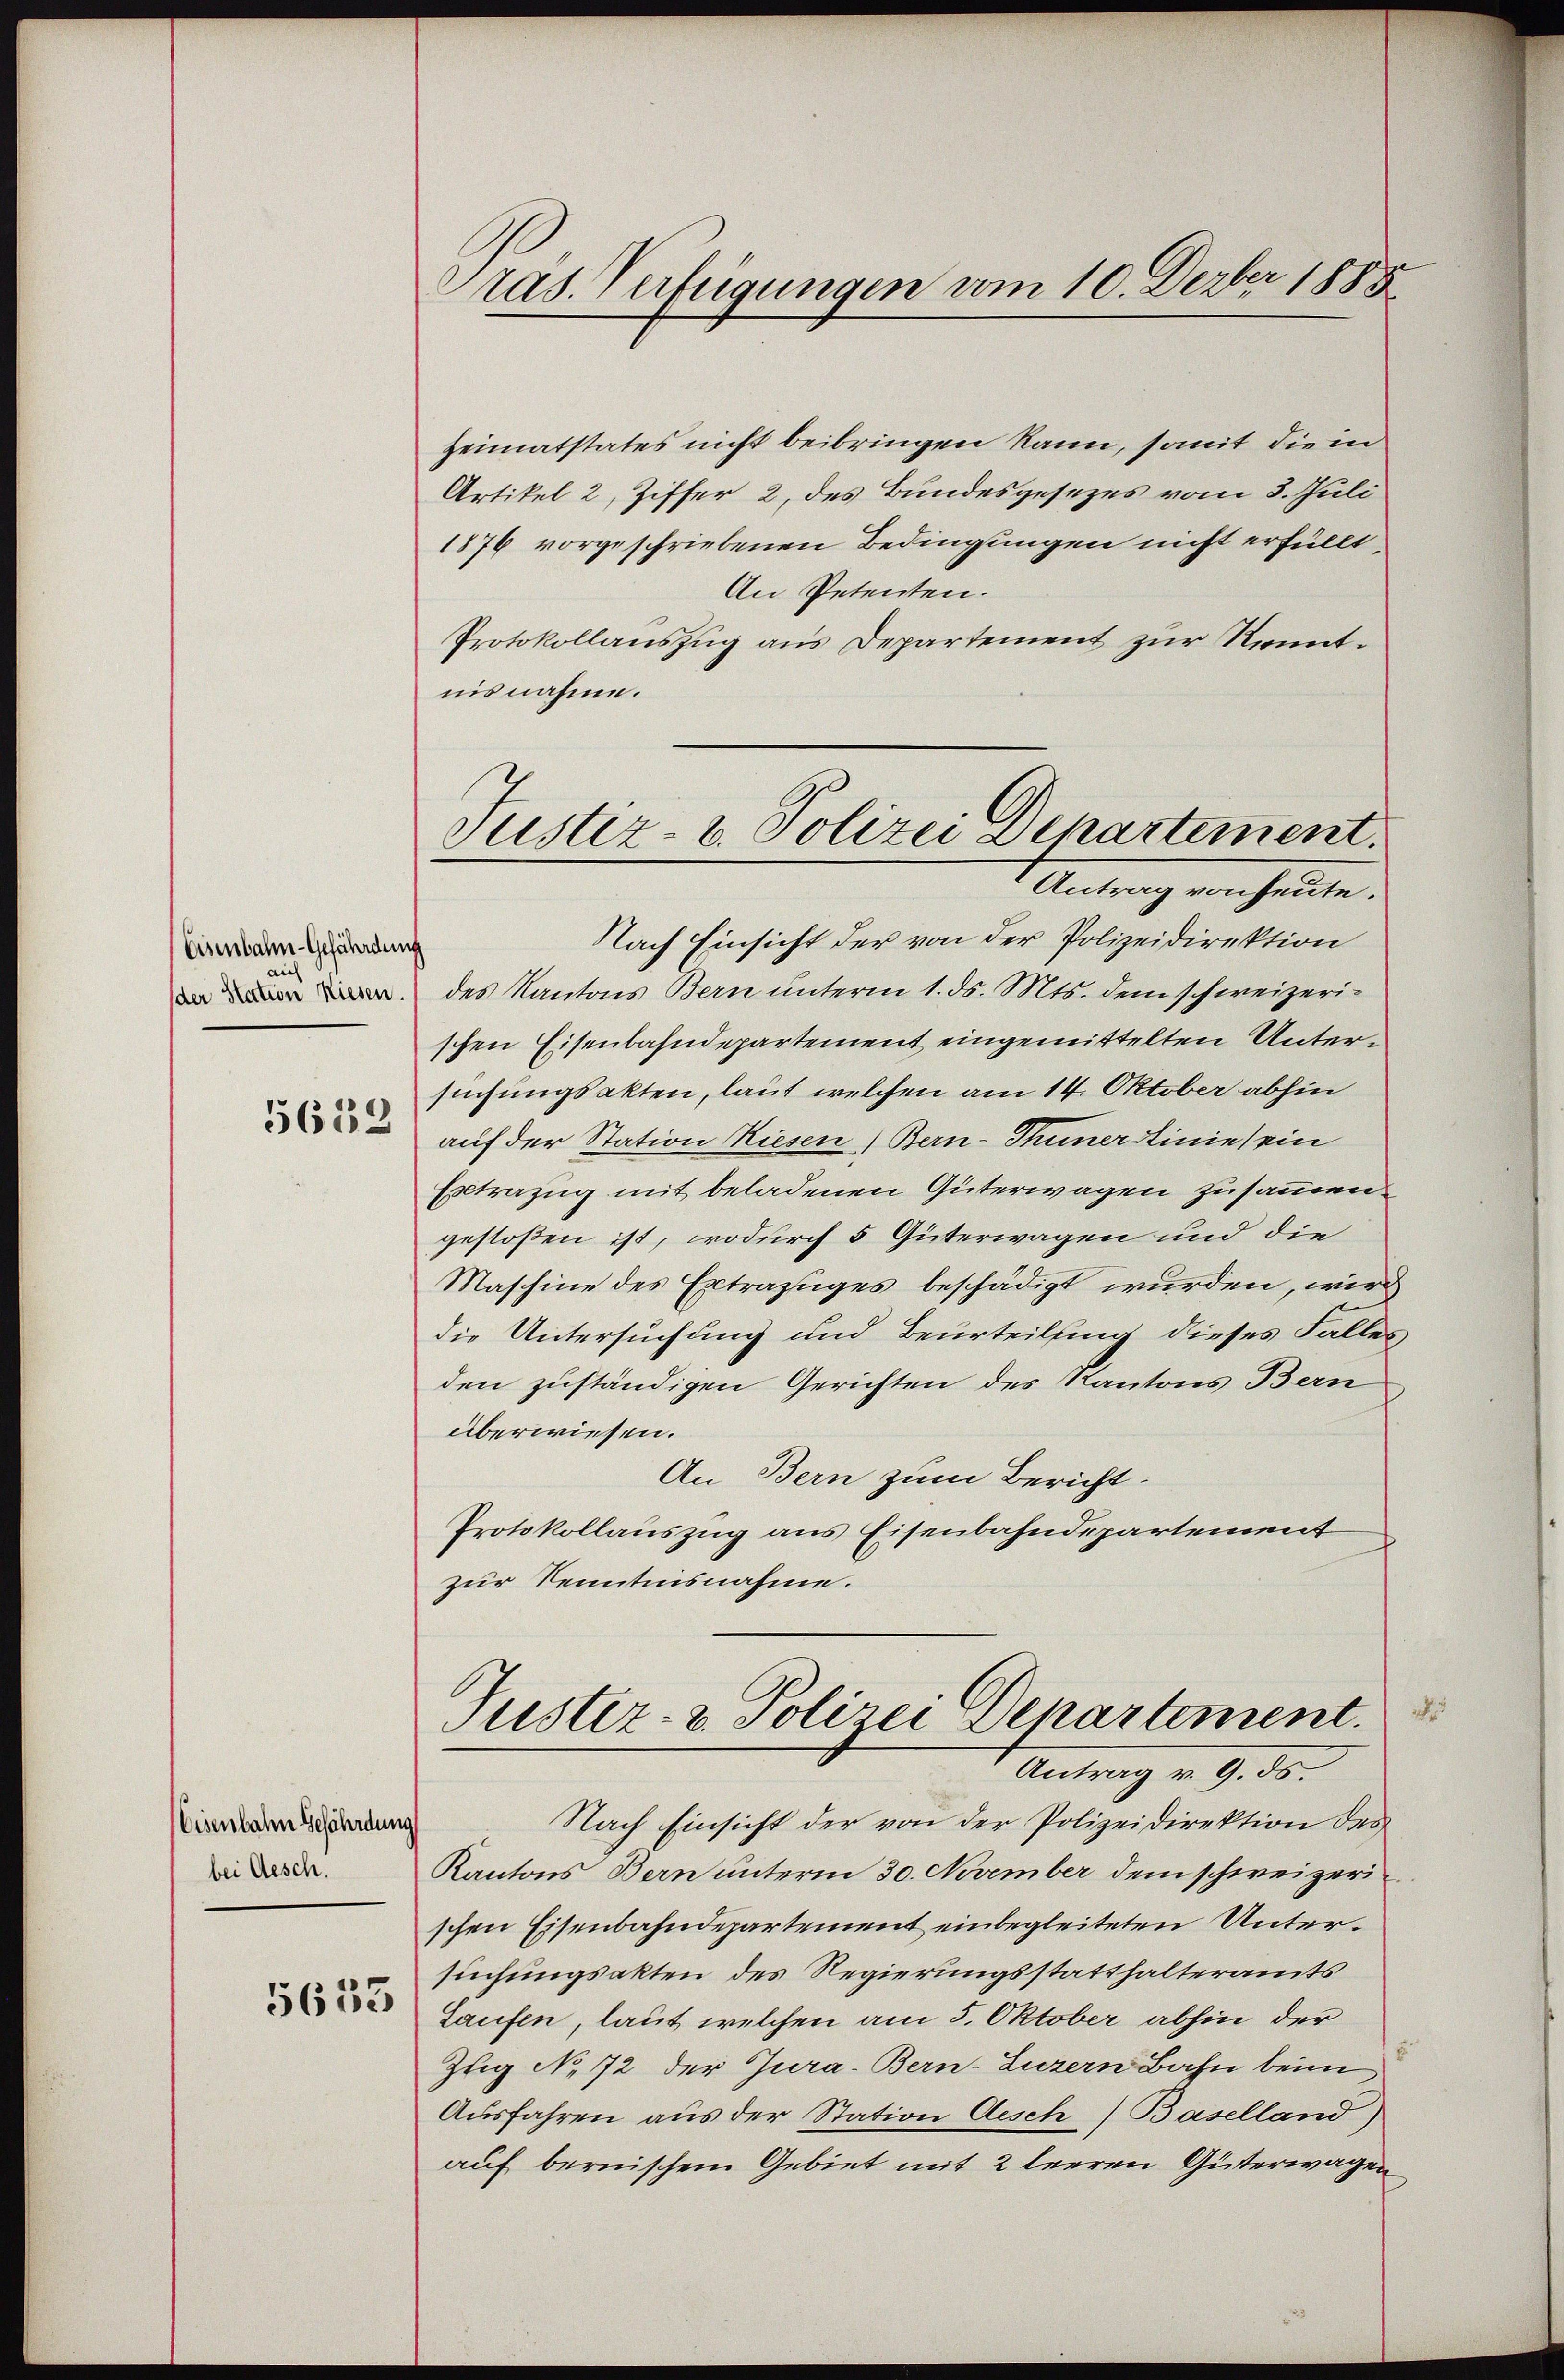
Eisenbahn-Gefährdung
der Station Riesen
5639

Eisenbahn Gefährdung
bei Gesch.
5635

Pras. Verfügungen vom 10. Derber 1885

Heimatstates nicht beibringen kann, somit die in
Artikel 2, Ziffer 2, des Bundesgesezes vom 3. Juli
1876 vorgeschriebenen Bedingungen nicht erfüllt,
An Petenten.
Protokollauszug aus Departement zur Kenntnisnahme.
Nach Einsicht der von der Polizeidirektion
des Kantons Bern unterm 1. ds. Mts. dem schweizerischen Eisenbahndepartement eingemittelten Untersuchungsakten, laut welchen am 14. Oktober abhin
auf der Station Riesen) Bern-Thuner Linie sein
Eltrazug mit beladenen Güterwagen zusammen.
gestoßen ist, wodurch 5 Güterwagen und die
Maschine des Extrazuges beschädigt wurden, wir
die Untersuchung und Beurteilung dieses Falles
den zuständigen Gerichten des Kantons Bern
überwiesen.
An Bern zum Bericht.
Protokollauszug aus Eisenbahndepartement
zur Kenntnisnahme.
Justiz- & Polizei Departement.
Antrag v. 9. ds.
Nach Einsicht der von der Polizeidirektion des
Kantons Bern unterm 30. November dem schweizerischen Eisenbahndepartement einbegleiteten Untersuchungsakten des Regierungsstatthalteramts
Saufen, laut, welchen am 5. Oktober abhin der
Zuig No 72 der Jura. Bern-Luzern Bahn beim
Ausfahren aus der Station Aesch) Baselland)
auf bernischem Gebiet mit 2 leeren Güterwagen

Justiz- u. Polizei Departement.
Antrag von heute.